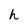
Character: h